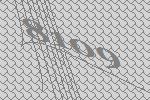
8109